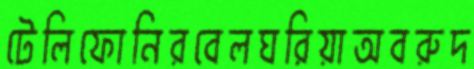
টেলিফোনিরবেলঘরিয়াঅবরুদ